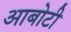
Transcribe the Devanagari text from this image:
आबोटी